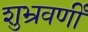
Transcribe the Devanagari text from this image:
शुभ्रवर्णी